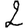
Digit: 2